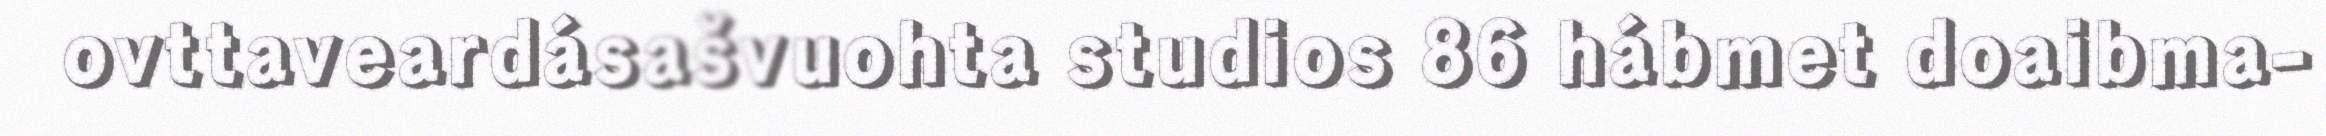
ovttaveardásašvuohta studios 86 hábmet doaibma-